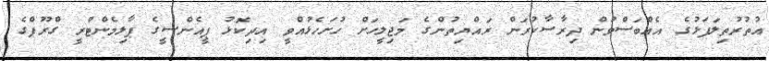
އުތުރުތިލަފަޅުގެ އެއްބަސްވުން ދިރާސާކުރަން ރައްޔިތުންގެ މަޖިލީހަށް ހުށަހެޅުއްވީ އިދިކޮޅު ޕީއެންސީގެ ޕާލިމެންޓްރީ ގްރޫޕްގެ